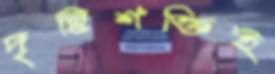
দৃষ্টিশক্তিই